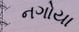
નગોયા